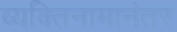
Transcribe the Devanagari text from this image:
व्यक्तिनामानंतर